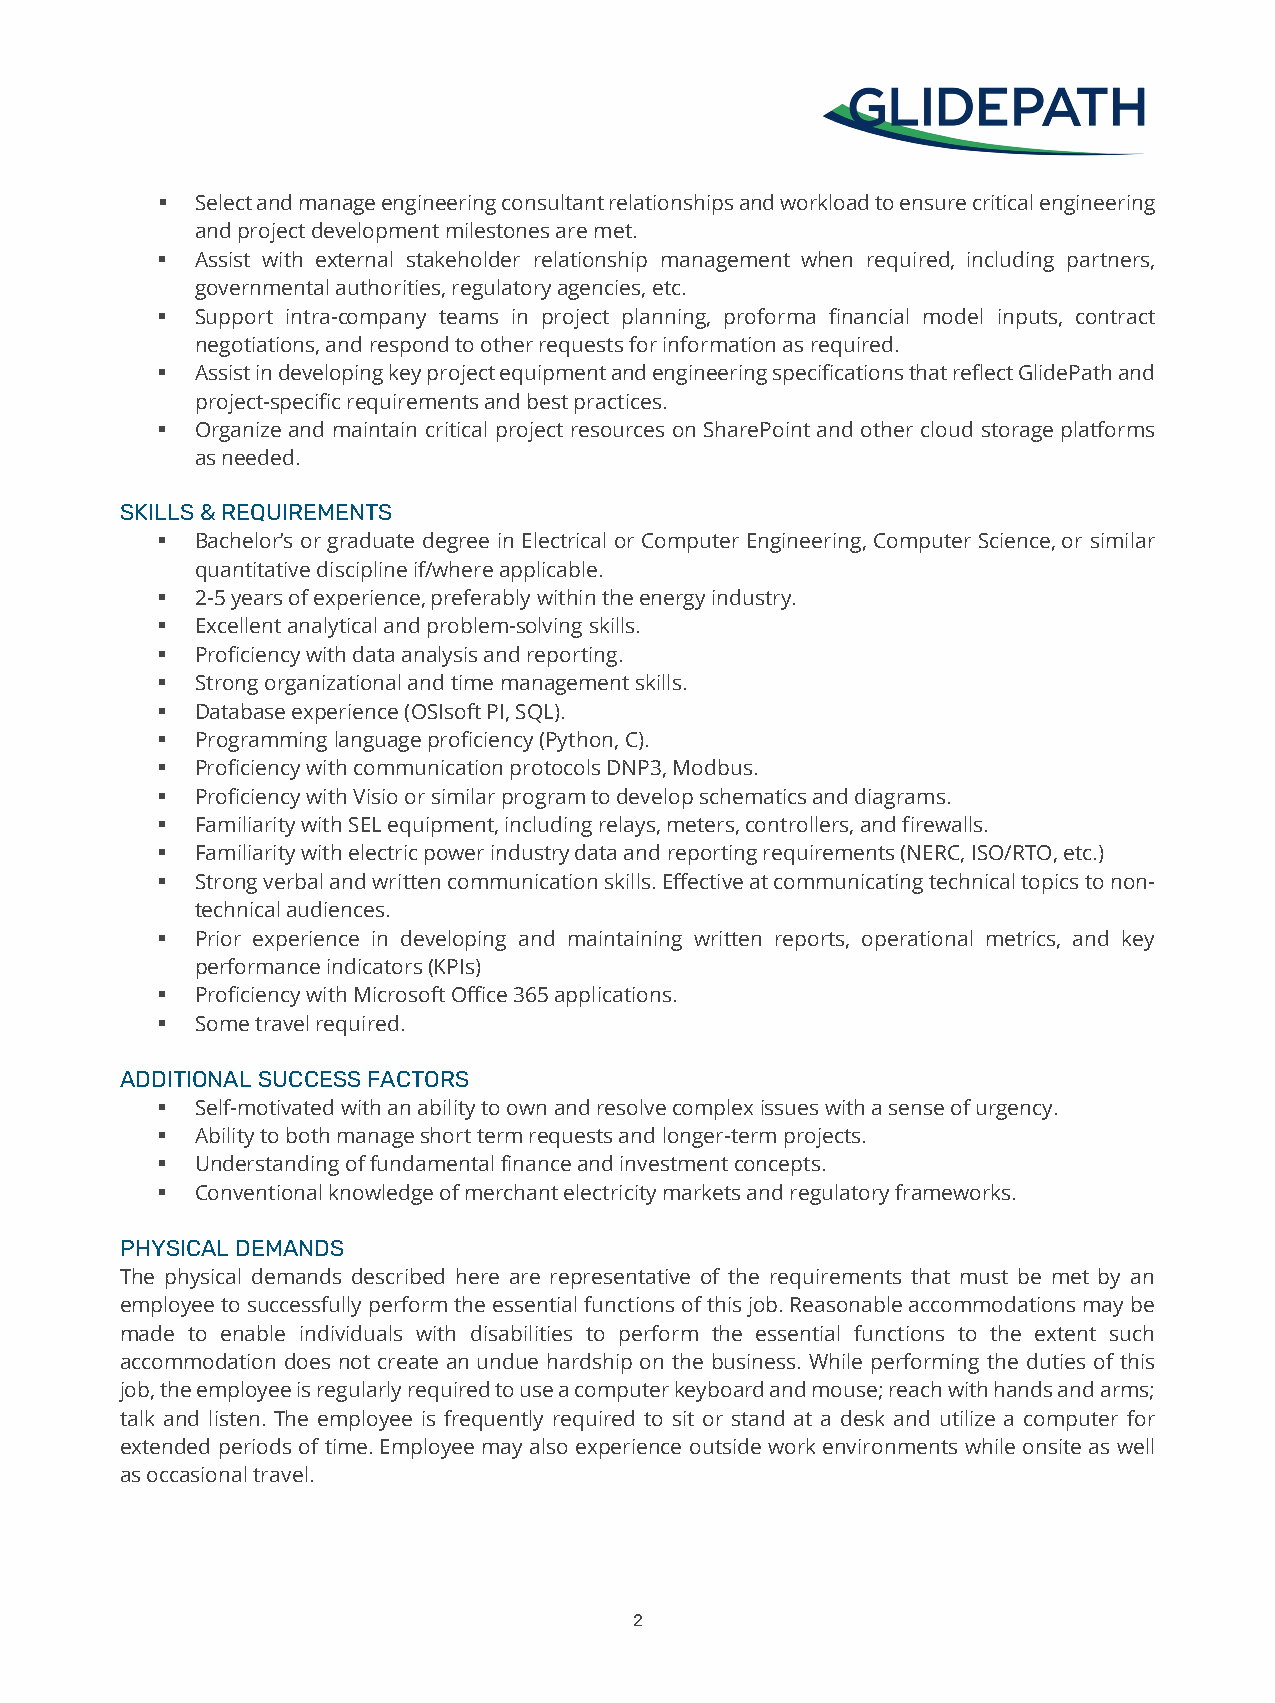
  Select and manage engineering consultant relationships and workload to ensure critical engineering
 and project development milestones are met.
   Assist with external stakeholder relationship management when required, including partners,
 governmental authorities, regulatory agencies, etc.
   Support intra-company teams in project planning, proforma financial model inputs, contract
 negotiations, and respond to other requests for information as required.
   Assist in developing key project equipment and engineering specifications that reflect GlidePath and
 project-specific requirements and best practices.
   Organize and maintain critical project resources on SharePoint and other cloud storage platforms
 as needed.
 SKILLS & REQUIREMENTS
   Bachelor’s or graduate degree in Electrical or Computer Engineering, Computer Science, or similar
 quantitative discipline if/where applicable.
   2-5 years of experience, preferably within the energy industry.
   Excellent analytical and problem-solving skills.
   Proficiency with data analysis and reporting.
   Strong organizational and time management skills.
   Database experience (OSIsoft PI, SQL).
   Programming language proficiency (Python, C).
   Proficiency with communication protocols DNP3, Modbus.
   Proficiency with Visio or similar program to develop schematics and diagrams.
   Familiarity with SEL equipment, including relays, meters, controllers, and firewalls.
   Familiarity with electric power industry data and reporting requirements (NERC, ISO/RTO, etc.)
   Strong verbal and written communication skills. Effective at communicating technical topics to non-
 technical audiences.
   Prior experience in developing and maintaining written reports, operational metrics, and key
 performance indicators (KPIs)
   Proficiency with Microsoft Office 365 applications.
   Some travel required.
 ADDITIONAL SUCCESS FACTORS
   Self-motivated with an ability to own and resolve complex issues with a sense of urgency.
   Ability to both manage short term requests and longer-term projects.
   Understanding of fundamental finance and investment concepts.
   Conventional knowledge of merchant electricity markets and regulatory frameworks.
 PHYSICAL DEMANDS
 The physical demands described here are representative of the requirements that must be met by an
 employee to successfully perform the essential functions of this job. Reasonable accommodations may be
 made to enable individuals with disabilities to perform the essential functions to the extent such
 accommodation does not create an undue hardship on the business. While performing the duties of this
 job, the employee is regularly required to use a computer keyboard and mouse; reach with hands and arms;
 talk and listen. The employee is frequently required to sit or stand at a desk and utilize a computer for
 extended periods of time. Employee may also experience outside work environments while onsite as well
 as occasional travel.
 2